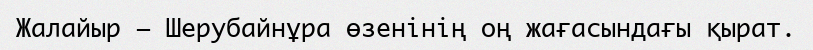
Жалайыр – Шерубайнұра өзенінің оң жағасындағы қырат.